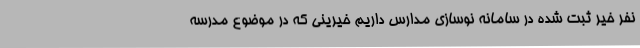
نفر خیر ثبت شده در سامانه نوسازی مدارس داریم خیرینی که در موضوع مدرسه